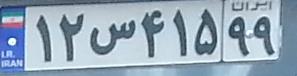
۱۲س۴۱۵۹۹